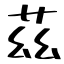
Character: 茲